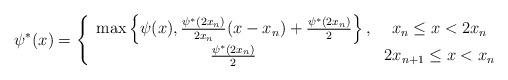
LaTeX: \begin{align*} \psi^*(x)=\left\{\begin{array}{cc} \max\left\{\psi(x),\frac{\psi^*(2x_n)}{2x_n}(x-x_n)+\frac{ \psi^*(2x_n)}{2}\right\},& x_n\leq x<2x_n\\ \frac{\psi^*(2x_n)}{2}& 2x_{n+1} \leq x<x_n \end{array}\right.\end{align*}